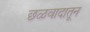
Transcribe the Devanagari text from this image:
छळवादातून